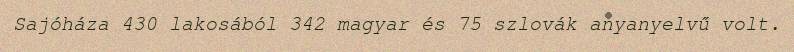
Sajóháza 430 lakosából 342 magyar és 75 szlovák anyanyelvű volt.